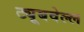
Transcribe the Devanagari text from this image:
ट्यूबवेल्ल